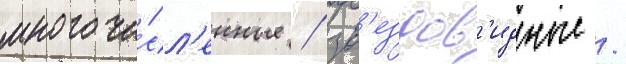
многочи́сл'енные / зв'ездов'идные /